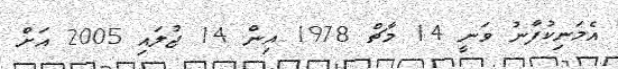
އެމަނިކުފާނު ވަނީ 14 މާޗް 1978 އިން 14 ޖުލައި 2005 އަށް